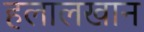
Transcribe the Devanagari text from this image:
हलालखान